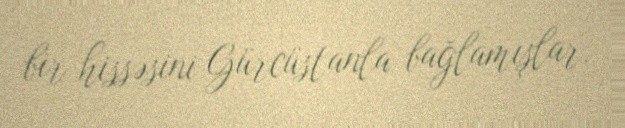
bir hissəsini Gürcüstanla bağlamışlar.